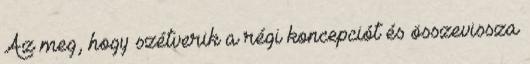
Az meg, hogy szétverik a régi koncepciót és összevissza